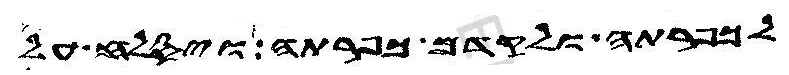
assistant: לכפרתה ולקדם כפרתה ויסלח על